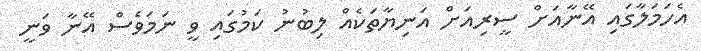
އެހަމަލާގައި އޭނާއަށް ސީރިއަށް އަނިޔާތަކެއް ލިބުނު ކަމުގައި ވީ ނަމަވެސް އޭނާ ވަނީ